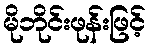
မိုဘိုင်းဖုန်းဖြင့်